Lock hospitals Punjab
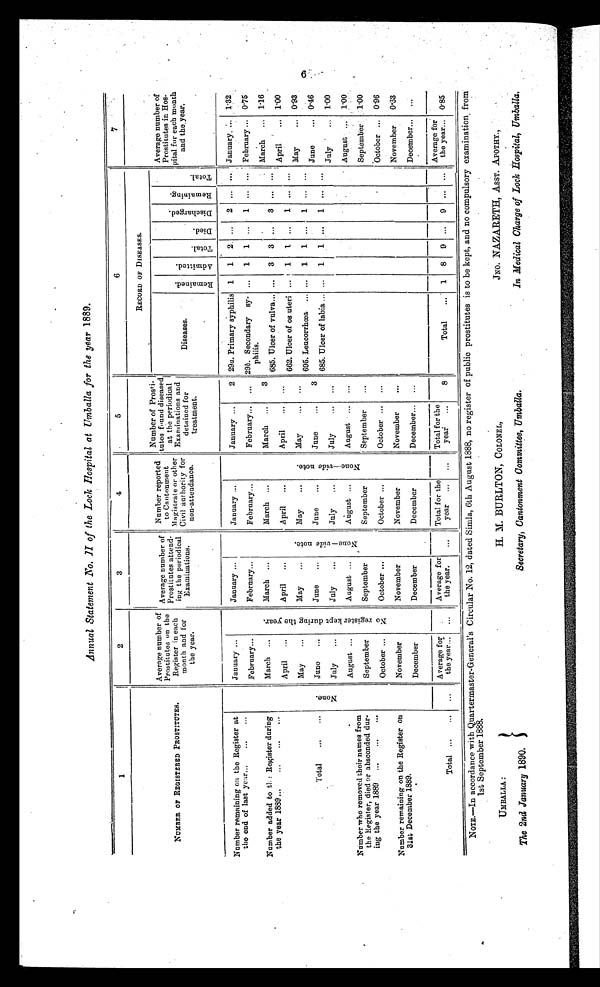
UMBALLA :
The 2nd January 1890.
H. M. BURLTON, COLONEL,
Secretary, Cantonment Committee, Umballa.
JNO. NAZARETH, ASST. APOTHY.,
In Medical Charge of Lock Hospital, Umballa.
Annual Statement No. II of the Lock Hospital at Umballa for the year 1889.
1
2
3
4
5
6
7
NUMBER OF REGISTERED PROSTITUTES.
Average number of
Prostitutes on the
each
Register in each
month and for
the year.
Average number of
Prostitute attend-
ing the periodical
Examinations.
Numbers reported
to Cantonment
Magistrate or other
Civil authority for
non-attendance.
Number of Prosti-
tutes found diseased
at the p
e r i o d i c a l E x a m i n a t i o n s a n d
detained for
treatment.
RECORD OF DISEASES.
Average number of
Prostitutes in Hos-
p i t a l f o r e a c h m o n t h
and the year.
Diseases.
R e m a i n e d .
A d m i t t e d .
T o t a l .
D i e d .
D i s c h a r g e d .
R e m a i n i n g .
T o t a l .
Number remaining on the Register at
the end of last year... ... ...
Number added to the Register during
the year 1889
... ... ...
None.
January ...
N o r e g i s t e r k e p t d u r i n g t h e y e a r .
January ...
N o n e —
v i d e
n o t e .
January ...
N o n e — v i d e n o t e .
January ...
2 29a. Primary syphilis 1 1
2
... 2 ... ... January... 1.32
February...
February...
February...
February... ... 29b. Secondary sy-
philis.
... 1 1
. . .
1
. . . . . . February ... 0.75
March ...
March ...
March ...
March ...
3
March ... 1.16
... 3 3 .. 3
. . .
. . .
685. Ulcer of vulva...
April
...
April ...
April ...
April
... ...
April... 1.00
662. Ulcer of os uteri ... . . . 1 1 ... 1
. . . ...
May
...
May
...
May
...
May ...
. . .
May
... 0.93
695. Leucorrhœa ... ... 1 1 ... 1 ...
. . .
Total ...
...
June ...
June
...
June
...
June
...
3
June
... 0.46
685. Ulcer of labia ... ... 1 1
. . . 1
. . . . . .
Number who removed their names from
the Register, died or absconded dur-
ing the year 1889. ...
...
...
Number remaining on the Register on
31st December 1889.
July
...
July
...
July
...
July ...
. . .
July
... 1.00
August ...
August ...
August ...
August
. . . ...
August ... 1.00
September
September...
September...
September
...
September... 1.00
October ...
October ...
October ...
October ... ...
October ... 0.96
November...
November...
November...
November
...
November
0.63
December...
December
...
December ...
December... ...
December... ...
Total ...
... ...
Average for
the year... ...
Average for
the year.
. . .
Total for the
year
. . .
. . .
Total for the
year ...
8
Total
... 1 8 9 ... 9
. . .
. . .
A v e r a g e f o r
the year... 0.85
NOTE.—In accordance with Quartermaster-General's Circular No. 12, dated Simla, 6th August 1888, no register of public prostitutes is to be kept, and no compulsory examination, from
1st September 1888.